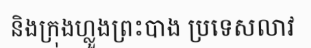
និងក្រុងហ្លួងព្រះបាង ប្រទេសលាវ